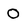
Character: O